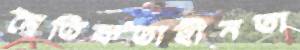
নৈতিকতাহীনতা